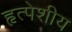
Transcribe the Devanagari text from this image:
हृत्पेशीय